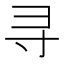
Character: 寻